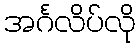
အင်္ဂလိပ်လို